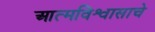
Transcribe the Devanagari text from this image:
आत्मविश्वासाचे